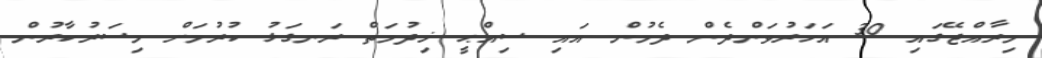
މިރާއްޖޭގައި 30 އަހަރުވަންދެން ދެމުން އައި ސިއްޙީ ޚިދުމަތް ރަނގަޅު ކުރުމަށް މިސަރުކާރުން